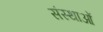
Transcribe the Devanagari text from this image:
संस्थाआें